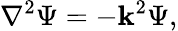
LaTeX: \nabla^{2}\Psi=-\mathbf{k}^{2}\Psi,